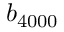
b _ { 4 0 0 0 }